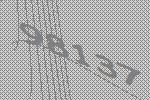
98137